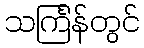
သင်္ကြန်တွင်